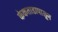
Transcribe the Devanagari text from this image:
केकताडापासून